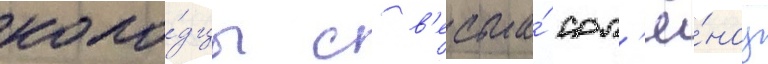
коло́дцы с в'есьма́ сол'ё́ноу